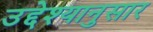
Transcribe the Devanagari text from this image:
उद्देश्यानुसार